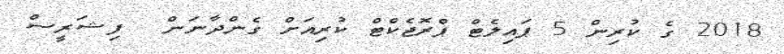
2018 ގެ ކުރިން 5 ޕައިލެޓް ޕްރޮޖެކްޓް ކުރިއަށް ގެންދާނަން  ފިޝަރީސް